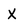
Character: X